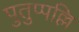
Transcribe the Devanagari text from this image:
पुतुप्पल्लि